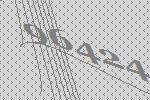
96424